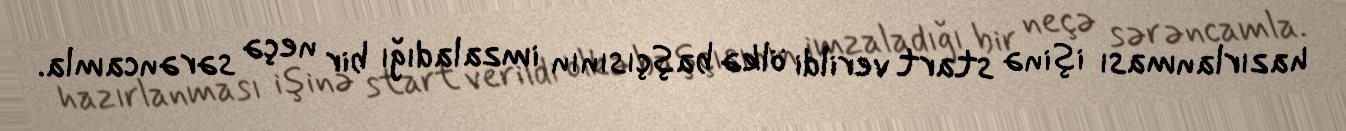
hazırlanması işinə start verildi ölkə başçısının imzaladığı bir neçə sərəncamla.